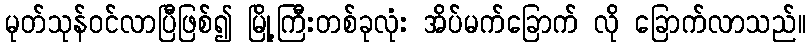
မုတ်သုန်ဝင်လာပြီဖြစ်၍ မြို့ကြီးတစ်ခုလုံး အိပ်မက်ခြောက် လို ခြောက်လာသည်။